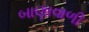
બાણાવાળી